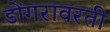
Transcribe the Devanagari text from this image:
डोंगरावरती